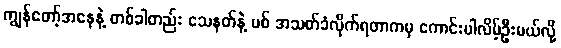
ကျွန်တော့်အနေနဲ့ တစ်ခါတည်း သေနတ်နဲ့ ပစ် အသတ်ခံလိုက်ရတာကမှ ကောင်းပါလိမ့်ဦးမယ်လို့